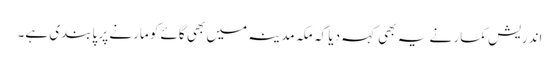
اندریش کمار نے یہ بھی کہہ دیا کہ مکہ مدینہ میں بھی گائے کو مارنے پر پابندی ہے۔